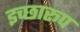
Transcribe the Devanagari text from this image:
इच्छारूप